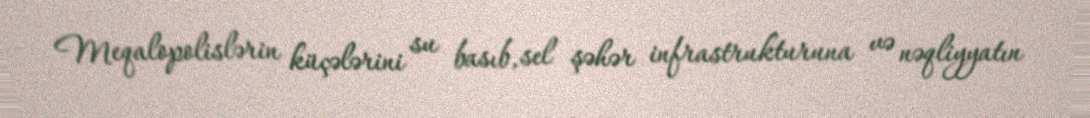
Meqalopolislərin küçələrini su basıb, sel şəhər infrastrukturuna və nəqliyyatın